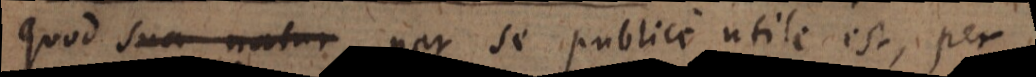
quod sua natur per se publice utile est, per